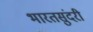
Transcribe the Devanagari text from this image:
भारतसुंदरी